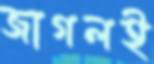
জাগলই